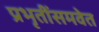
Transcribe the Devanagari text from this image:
प्रभृतींसमवेत